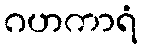
ဂဟကာရံ